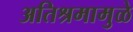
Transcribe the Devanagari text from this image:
अतिश्रमामुळे